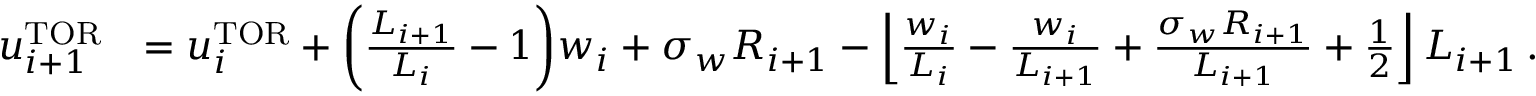
\begin{array} { r l } { u _ { i + 1 } ^ { \mathrm { T O R } } } & { = u _ { i } ^ { \mathrm { T O R } } + \bigg ( \frac { L _ { i + 1 } } { L _ { i } } - 1 \bigg ) w _ { i } + \sigma _ { w } R _ { i + 1 } - \left\lfloor \frac { w _ { i } } { L _ { i } } - \frac { w _ { i } } { L _ { i + 1 } } + \frac { \sigma _ { w } R _ { i + 1 } } { L _ { i + 1 } } + \frac { 1 } { 2 } \right\rfloor L _ { i + 1 } \, . } \end{array}